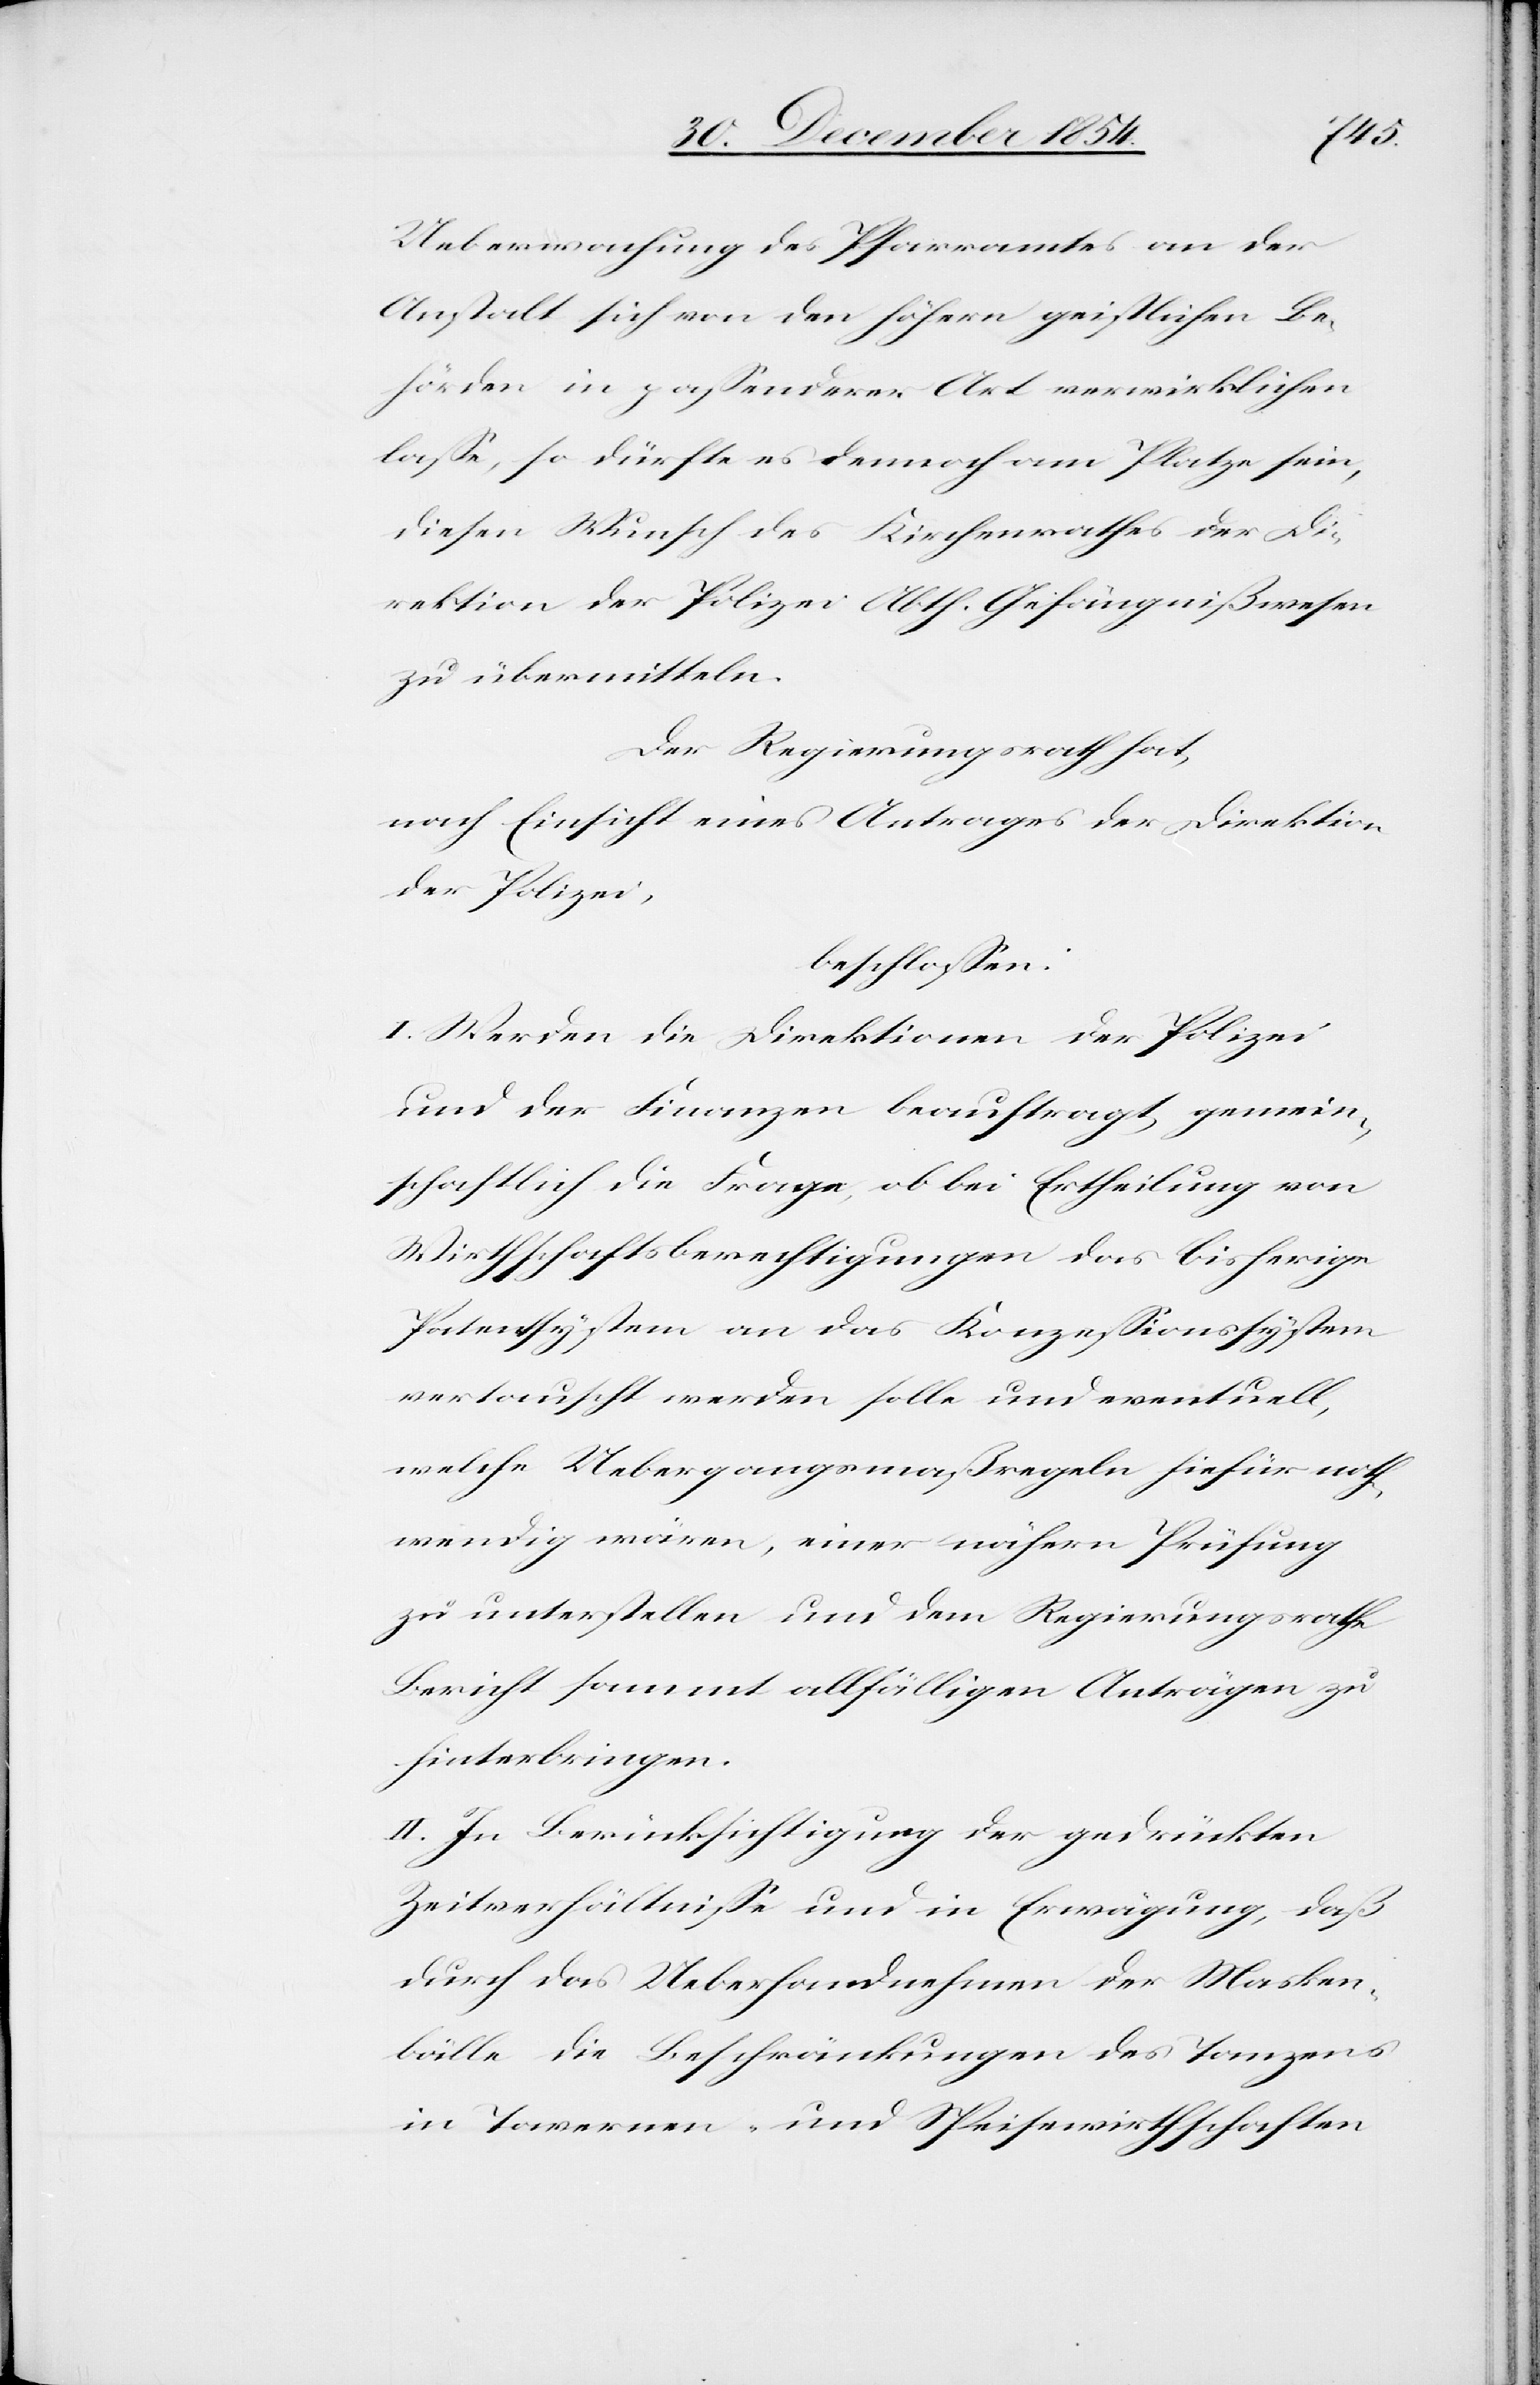
Ueberwachung des Pfarramtes an der
Anstalt sich von den höhern geistlichen Be¬
hörden in paßender Art verwirklichen
laßen, so dürfte es dennoch am Platze ein,
diesen Wunsch des Kirchenrathes der Di¬
rektion der Polizei Abth. Gefängnißwesen
zu übermitteln.
Der Regierungsrath hat,
nach Einsicht eines Antrages der Direktion
der Polizei,
beschloßen:
I. Werden die Direktionen der Polizei
und der Finanzen beauftragt, gemein¬
schaftlich die Frage, ob bei Ertheilung von
Wirthschaftsberechtigungen das bisherige
Patentsystem an das Konzeßionsystem
vertauscht werden solle und eventuell,
welche Uebergangsmaßregeln hiefür noth¬
wendig wären, einer nähern Prüfung
zu unterstellen und dem Regierungsrathe
Bericht sammt allfälligen Anträgen zu
hinterbringen.
II. In Berücksichtigung der gedrückten
Zeitverhältniße und in Erwägung, daß
durch das Ueberhandnehmen der Masken¬
bälle die Beschränkungen des Tanzens
in Tavernen- und Speisewirthschaften